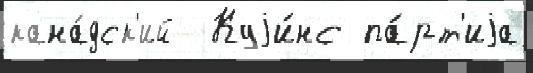
кана́дск'ий  Куjи́нс па́рт'иjа